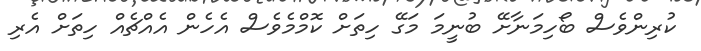
ކުރިންވެސް ބޯހިމަނާށޭ ބުނީމަ މަގޭ ހިތަށް ކޮމްމެވެސް އެހެން އެއްޗެއް ހިތަށް އެރި